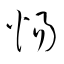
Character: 惕